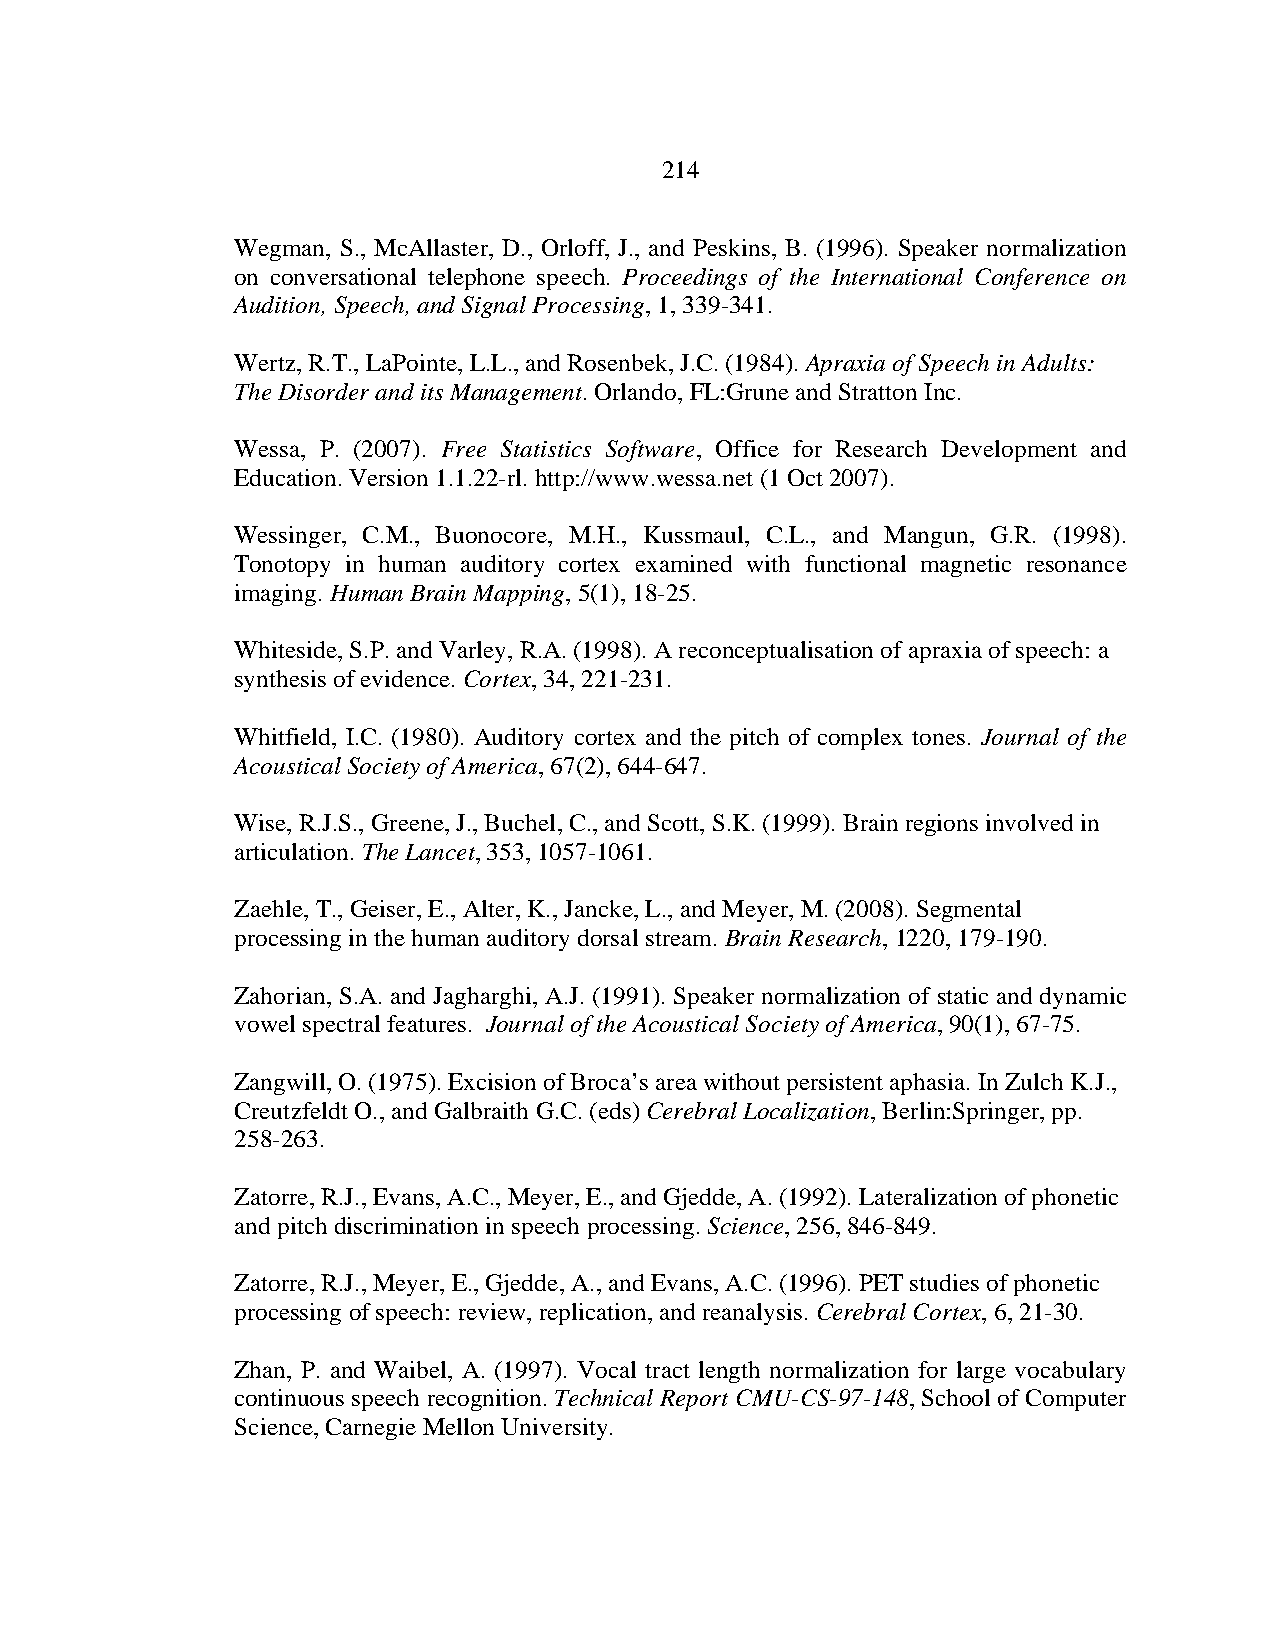
214
 Wegman, S., McAllaster, D., Orloff, J., and Peskins, B. (1996). Speaker normalization
 on conversational telephone speech. Proceedings of the International Conference on
 Audition, Speech, and Signal Processing, 1, 339-341.
 Wertz, R.T., LaPointe, L.L., and Rosenbek, J.C. (1984). Apraxia of Speech in Adults:
 The Disorder and its Management. Orlando, FL:Grune and Stratton Inc.
 Wessa, P. (2007). Free Statistics Software, Office for Research Development and
 Education. Version 1.1.22-rl. http://www.wessa.net (1 Oct 2007).
 Wessinger, C.M., Buonocore, M.H., Kussmaul, C.L., and Mangun, G.R. (1998).
 Tonotopy in human auditory cortex examined with functional magnetic resonance
 imaging. Human Brain Mapping, 5(1), 18-25.
 Whiteside, S.P. and Varley, R.A. (1998). A reconceptualisation of apraxia of speech: a
 synthesis of evidence. Cortex, 34, 221-231.
 Whitfield, I.C. (1980). Auditory cortex and the pitch of complex tones. Journal of the
 Acoustical Society of America, 67(2), 644-647.
 Wise, R.J.S., Greene, J., Buchel, C., and Scott, S.K. (1999). Brain regions involved in
 articulation. The Lancet, 353, 1057-1061.
 Zaehle, T., Geiser, E., Alter, K., Jancke, L., and Meyer, M. (2008). Segmental
 processing in the human auditory dorsal stream. Brain Research, 1220, 179-190.
 Zahorian, S.A. and Jagharghi, A.J. (1991). Speaker normalization of static and dynamic
 vowel spectral features. Journal of the Acoustical Society of America, 90(1), 67-75.
 Zangwill, O. (1975). Excision of Broca’s area without persistent aphasia. In Zulch K.J.,
 Creutzfeldt O., and Galbraith G.C. (eds) Cerebral Localization, Berlin:Springer, pp.
 258-263.
 Zatorre, R.J., Evans, A.C., Meyer, E., and Gjedde, A. (1992). Lateralization of phonetic
 and pitch discrimination in speech processing. Science, 256, 846-849.
 Zatorre, R.J., Meyer, E., Gjedde, A., and Evans, A.C. (1996). PET studies of phonetic
 processing of speech: review, replication, and reanalysis. Cerebral Cortex, 6, 21-30.
 Zhan, P. and Waibel, A. (1997). Vocal tract length normalization for large vocabulary
 continuous speech recognition. Technical Report CMU-CS-97-148, School of Computer
 Science, Carnegie Mellon University.